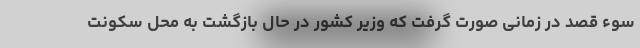
سوء قصد در زمانی صورت گرفت که وزیر کشور در حال بازگشت به محل سکونت